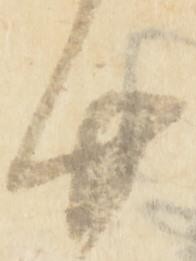
廿